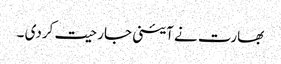
بھارت نے آئینی جارحیت کردی ۔